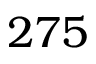
2 7 5